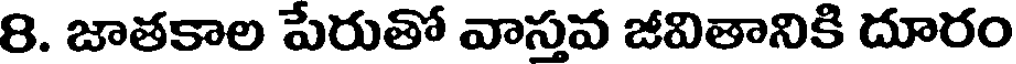
8. జాతకాల పేరుతో వాస్తవ జీవితానికి దూరం